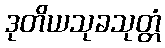
ဒုတိယသုခသုတ္တံ